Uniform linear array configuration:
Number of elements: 32
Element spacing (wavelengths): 0.75
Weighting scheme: hann
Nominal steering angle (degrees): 0
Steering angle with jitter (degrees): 1.943
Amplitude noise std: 0.05
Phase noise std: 0.05

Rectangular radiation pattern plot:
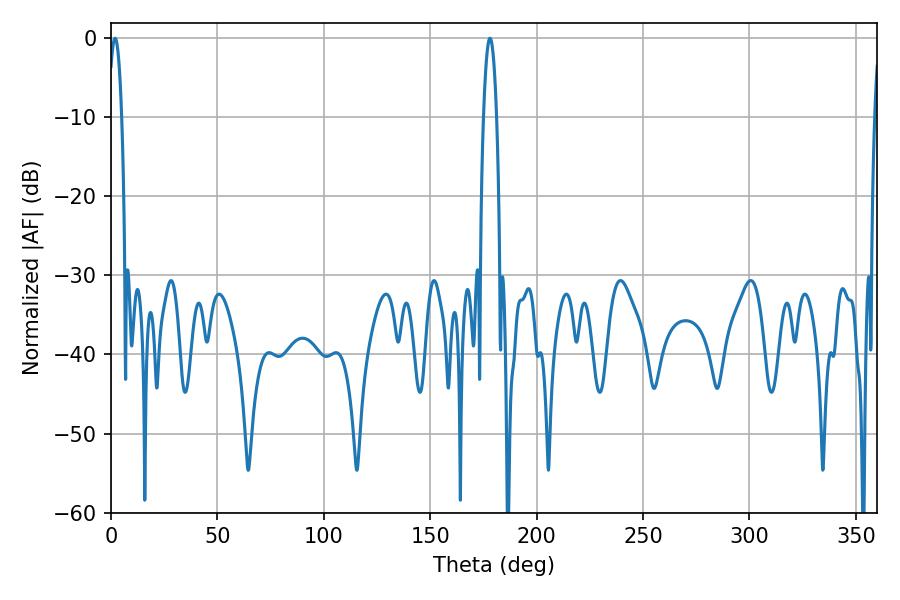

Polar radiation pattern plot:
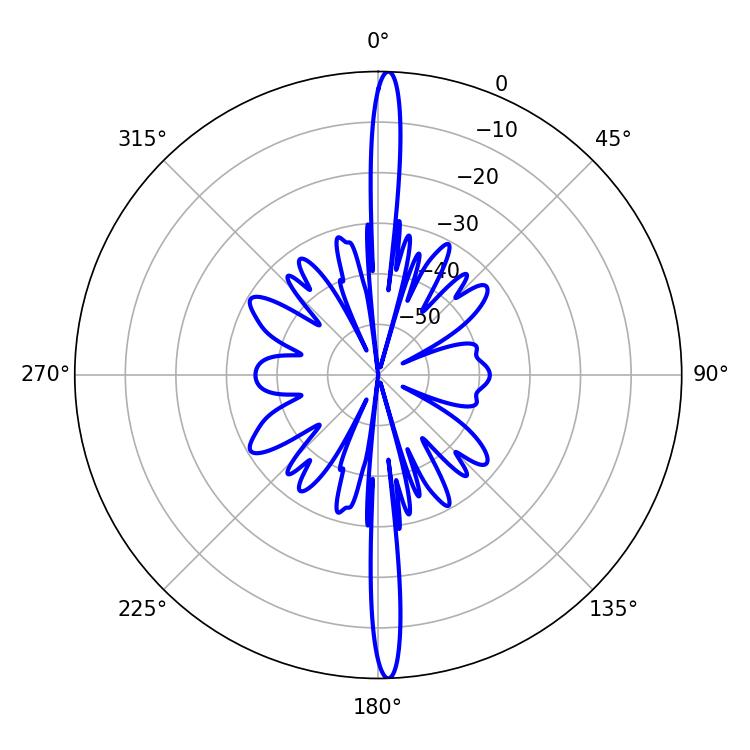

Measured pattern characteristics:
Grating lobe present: TRUE
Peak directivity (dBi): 26.831
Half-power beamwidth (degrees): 3.42
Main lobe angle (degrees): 178.02